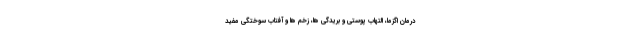
درمان اگزما، التهاب پوستی و بریدگی ها، زخم ها و آفتاب سوختگی مفید